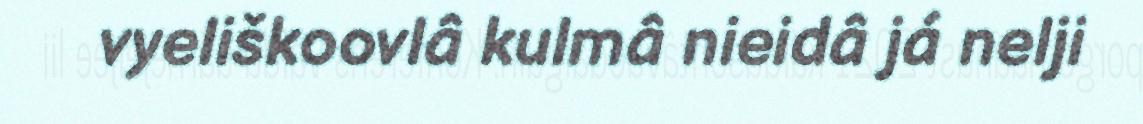
vyeliškoovlâ kulmâ nieidâ já nelji